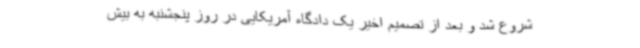
شروع شد و بعد از تصمیم اخیر یک دادگاه آمریکایی در روز پنجشنبه به بیش